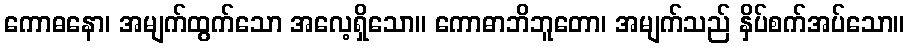
ကောဓနော၊ အမျက်ထွက်သော အလေ့ရှိသော။ ကောဓာဘိဘူတော၊ အမျက်သည် နှိပ်စက်အပ်သော။